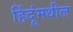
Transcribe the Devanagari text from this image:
हिंदूंमधील